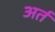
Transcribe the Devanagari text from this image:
अर्त